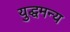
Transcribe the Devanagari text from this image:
युद्धमन्य